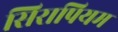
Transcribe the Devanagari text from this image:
सिरापियम